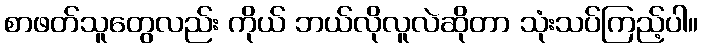
စာဖတ်သူတွေလည်း ကိုယ် ဘယ်လိုလူလဲဆိုတာ သုံးသပ်ကြည့်ပါ။